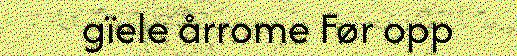
gïele årrome Før opp